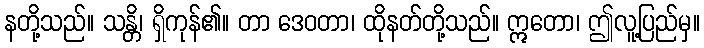
နတို့သည်။ သန္တိ၊ ရှိကုန်၏။ တာ ဒေဝတာ၊ ထိုနတ်တို့သည်။ ဣတော၊ ဤလူ့ပြည်မှ။